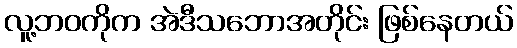
လူ့ဘဝကိုက အဲဒီသဘောအတိုင်း ဖြစ်နေတယ်